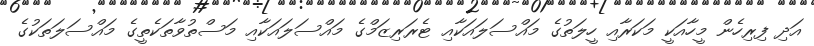
އަދި ފިރިހެން މީހާއަކީ މަކަރާއި ހީލަތުގެ މައްސަލައަކާއި ޓެރަރިޒަމްގެ މައްސަލައަކާއި މަސްތުވާތަކެތީގެ މައްސަލަތަކުގެ